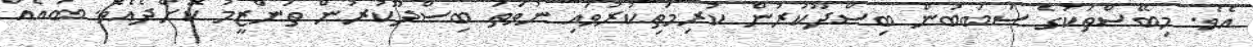
އެވެ. މިބޭސްތަކުގެ ސަބަބުން ބިސްދޫކުރުން ކުރިމަތިކުރުވައި ނުވަތަ ބިސްދޫކުރުން ތަންޒީމު ކޮށްދެއެވެ. ބައެއް